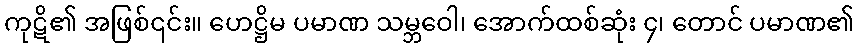
ကုဋိ၏ အဖြစ်၎င်း။ ဟေဋ္ဌိမ ပမာဏ သမ္ဘဝေါ၊ အောက်ထစ်ဆုံး ၄၊ တောင် ပမာဏ၏